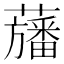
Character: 𮒳